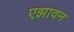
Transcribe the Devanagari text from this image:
एझावन